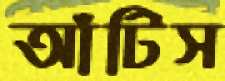
আঁটিস